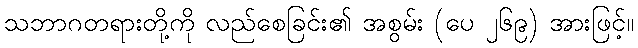
သဘာဂတရားတို့ကို လည်စေခြင်း၏ အစွမ်း (ပေ ၂၆၉) အားဖြင့်။